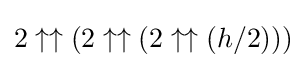
2\uparrow \uparrow (2\uparrow \uparrow (2\uparrow \uparrow (h/2)))